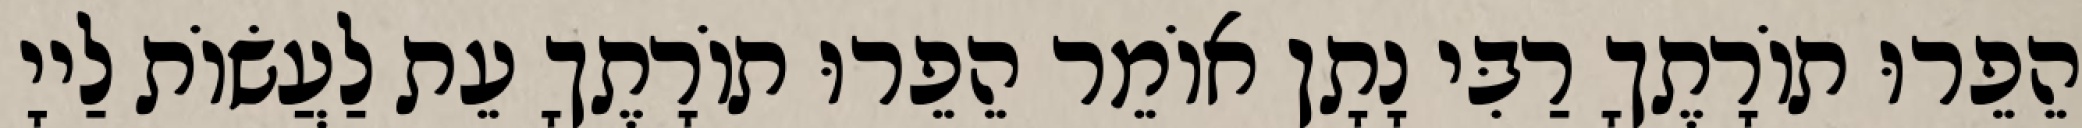
הֵפֵרוּ תוֹרָתֶךָ רַבִּי נָתָן אוֹמֵר הֵפֵרוּ תוֹרָתֶךָ עֵת לַעֲשׂוֹת לַייָ